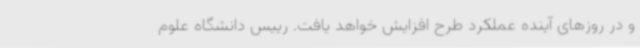
و در روزهای آینده عملکرد طرح افزایش خواهد یافت. رییس دانشگاه علوم